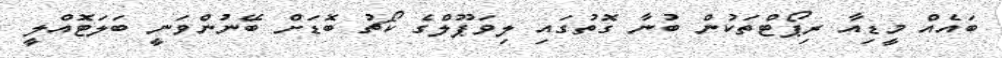
ބައެއް މީޑިއާ ރިޕޯޓްތަކުން ބުނާ ގޮތުގައި ލިވަޕޫލްގެ ކޯޗު ބޮޑަށް ބޭނުންވަނީ ބަލަޓޮއްލީ